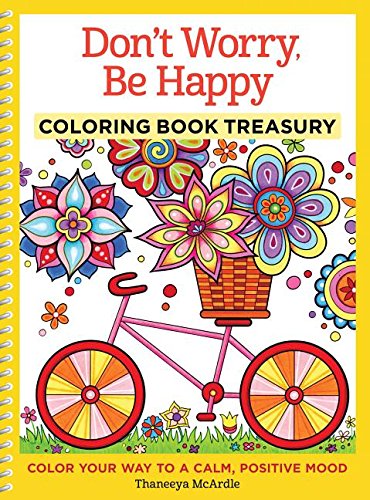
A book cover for Don't Worry, Be Happy Coloring Book Treasury: Color Your Way To A Calm, Positive Mood (Coloring Collection); Thaneeya McArdle; Humor & Entertainment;